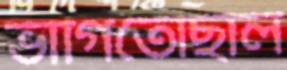
ভাগিতেছিলি